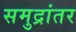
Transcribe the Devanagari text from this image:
समुद्रांतर